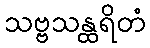
သဗ္ဗသန္ထရိတံ